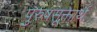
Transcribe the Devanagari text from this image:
पुरुषसूक्तार्थ